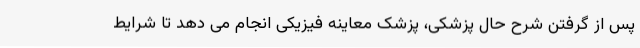
پس از گرفتن شرح حال پزشکی، پزشک معاینه فیزیکی انجام می دهد تا شرایط